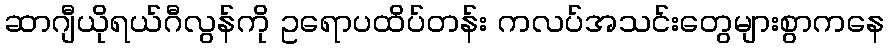
ဆာဂျီယိုရယ်ဂီလွန်ကို ဥရောပထိပ်တန်း ကလပ်အသင်းတွေများစွာကနေ